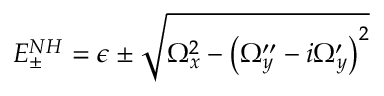
E _ { \pm } ^ { N H } = \epsilon \pm \sqrt { \Omega _ { x } ^ { 2 } - \left( \Omega _ { y } ^ { \prime \prime } - i \Omega _ { y } ^ { \prime } \right) ^ { 2 } }